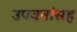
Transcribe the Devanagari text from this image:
उपवनांसह